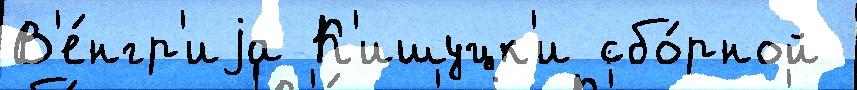
В'е́нгр'иjа К'ишуцк'и сбо́рной